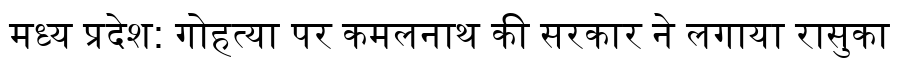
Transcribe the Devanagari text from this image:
मध्य प्रदेश: गोहत्या पर कमलनाथ की सरकार ने लगाया रासुका